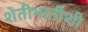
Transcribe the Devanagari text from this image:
शेतीभातीशी